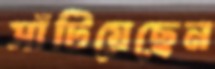
সাঁটিয়েছেন